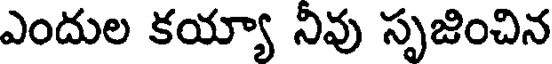
ఎందుల కయ్యా నివు సృజించిన